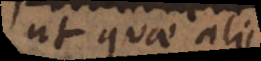
ut quae alii